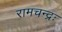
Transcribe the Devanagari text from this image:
रामचन्द्रः